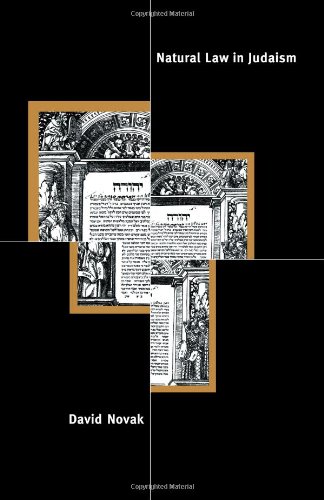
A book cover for Natural Law in Judaism; David Novak; Religion & Spirituality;